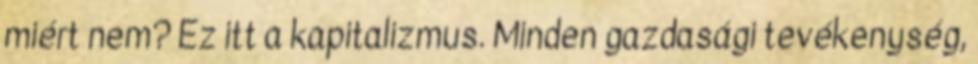
miért nem? Ez itt a kapitalizmus. Minden gazdasági tevékenység,